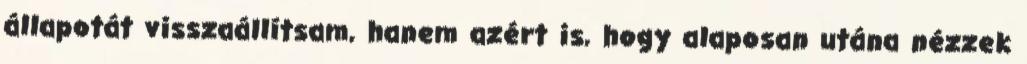
állapotát visszaállítsam, hanem azért is, hogy alaposan utána nézzek